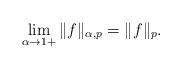
LaTeX: \begin{align*}\lim_{\alpha\to 1+}\|f\|_{\alpha, p}=\|f\|_{p}.\end{align*}